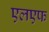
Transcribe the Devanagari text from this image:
एलएफ